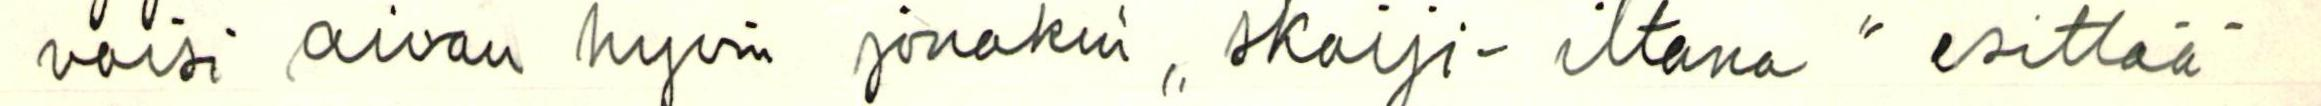
voisi aivan hyvin jonakin ,, skoiji-iltana esittää